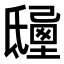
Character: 𣱒